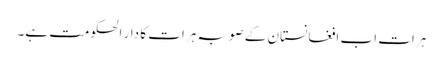
ہرات اب افغانستان کے صوبہ ہرات کا دار الحکومت ہے۔